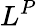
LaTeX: L^{P}